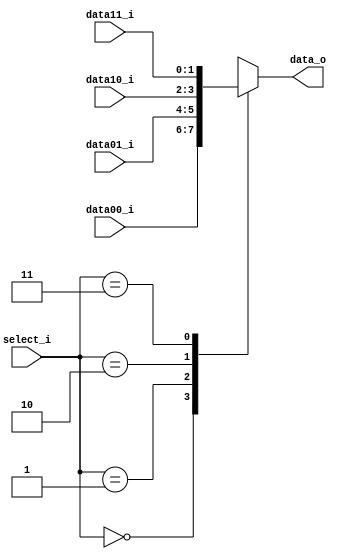
//Subject:     CO project 2 - MUX 221
//--------------------------------------------------------------------------------
//Version:     1
//--------------------------------------------------------------------------------
//Writer:      0416111 0540112
//----------------------------------------------
//Date:        
//----------------------------------------------
//Description: 
//--------------------------------------------------------------------------------
     
module MUX_4to1(
               data00_i,
               data01_i,
               data10_i,
               data11_i,
               select_i,
               data_o
               );

parameter size = 0;			   
			
//I/O ports               
input   [size-1:0] data00_i;          
input   [size-1:0] data10_i;               
input   [size-1:0] data01_i;          
input   [size-1:0] data11_i;
input   [2-1:0]    select_i;
output  [size-1:0] data_o; 

//Internal Signals
reg     [size-1:0] data_o;
//Main function
always @(select_i,data00_i,data01_i,data10_i,data11_i)begin
case(select_i)
	2'b00:data_o<=data00_i;
	2'b01:data_o<=data01_i;
	2'b10:data_o<=data10_i;
	2'b11:data_o<=data11_i;
endcase
end

endmodule